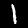
Label: 1